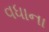
વધાના